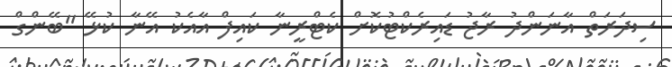
ސިދަރަތް އާނަންދު ރާޖު ޑައިރެކްޓުކޮށް ކެޓްރީނާ ކައިފް އާއެކު އޭނާ ކުޅޭ ''ބޭންގް